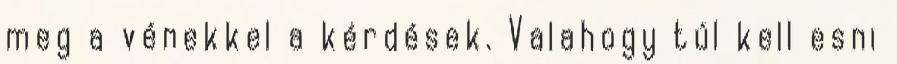
meg a vénekkel a kérdések. Valahogy túl kell esni